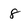
Character: 8